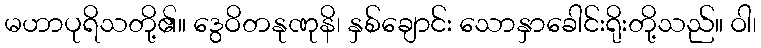
မဟာပုရိသတို့၏။ ဒွေဝိတနုဏုနိ၊ နှစ်ချောင်း သောနှာခေါင်းရိုးတို့သည်။ ဝါ၊